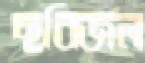
ছবিজল